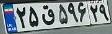
۲۵ق۵۹۶۲۹